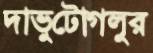
দাভুটোগলুর